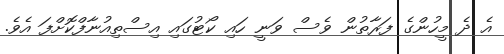
އެ ދެ މީހުންގެ ފަރާތުން ވެސް ވަނީ ހައި ކޯޓުގައި އިސްތިއުނާފްކޮށްފަ އެވެ.